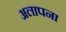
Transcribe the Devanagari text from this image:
अलापना